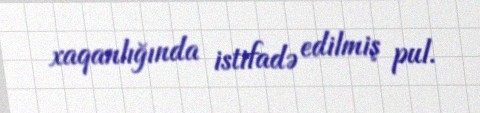
xaqanlığında istifadə edilmiş pul.